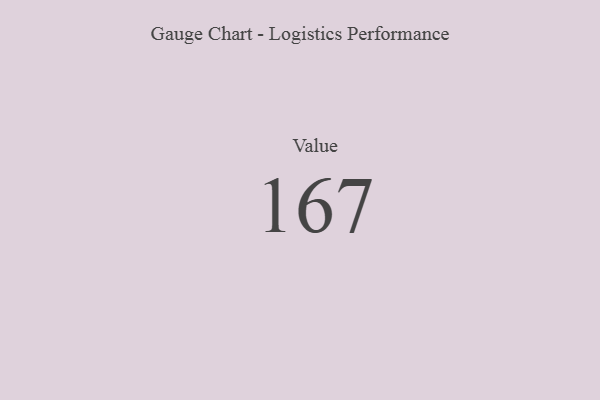
{"axis": {"x": "Metric", "y": "Value"}, "legend": [""], "data": [{"x": "Value", "y": 167, "type": ""}]}